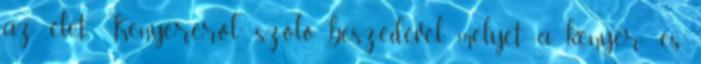
az „élet Kenyeréről” szóló beszédével, melyet a kenyér- és